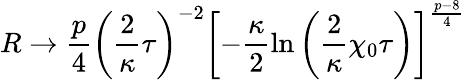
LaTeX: R\rightarrow\frac{p}{4}\left(\frac{2}{\kappa}\tau\right)^{-2}\left[-\frac{\kappa}{2}\ln\left(\frac{2}{\kappa}\chi_{0}\tau\right)\right]^{\frac{p-8}{4}}